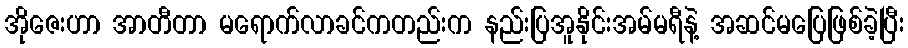
အိုဇေးဟာ အာတီတာ မရောက်လာခင်ကတည်းက နည်းပြအူနိုင်းအမ်မရီနဲ့ အဆင်မပြေဖြစ်ခဲ့ပြီး